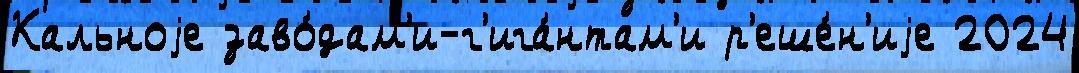
Кальноjе заво́дам'и-г'ига́нтам'и р'еше́н'иjе 2024